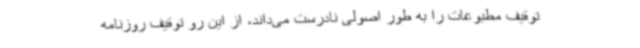
توقیف مطبوعات را به طور اصولی نادرست می‌داند، از این رو توقیف روزنامه